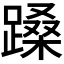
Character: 𬧉